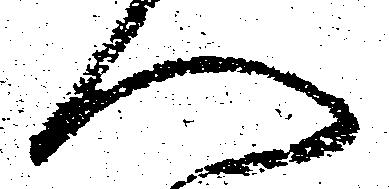
へ